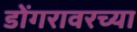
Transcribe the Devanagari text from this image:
डोंगरावरच्या